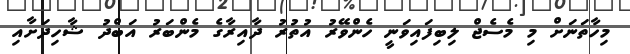
މިހާތަނަށް މި މެސެޖް ލިބިފައިވަނީ ހެންވޭރު އުތުރު ދާއިރާގެ މެންބަރު އަބްދު ޝާހިދަށާއި